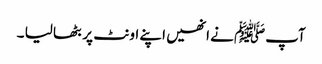
آپﷺ نے انھیں اپنے اونٹ پر بٹھا لیا ۔